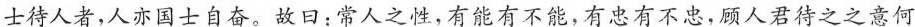
士待人者，人亦国士自奋。故日：常人之性，有能有不能，有忠有不忠，顾人君待之之意何